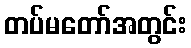
တပ်မတော်အတွင်း